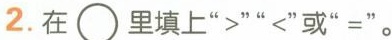
2.在\bigcirc里填上‘‘ᐳ’’‘‘<’’或”=”。